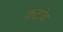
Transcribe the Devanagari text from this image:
कटांव